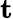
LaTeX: \textbf{t}